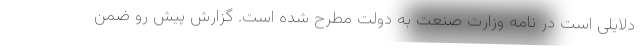
دلایلی است در نامه وزارت صنعت به دولت مطرح شده است. گزارش پیش رو ضمن